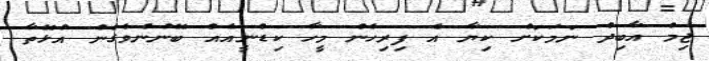
ޖިމް އާބިދް ނަމަކަށް ކިޔާ އެ ފިރިހެން މީހާ ކިޑްނީއެއް ބޭނުންވެގެން އުޅޭތާ